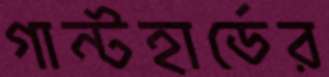
গান্টহার্ডের